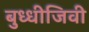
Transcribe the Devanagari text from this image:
बुध्धीजिवी